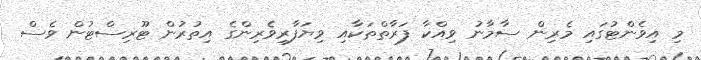
މި އިވެންޓުގައި މެރިން ސާމާނު ވިއްކާ ފަރާތްތަކާއި ވިޔަފާރިވެރިންގެ އިތުރުން ޓޫރިސްޓުން ވެސް